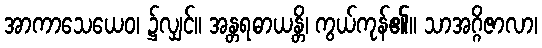
အာကာသေယေဝ၊ ၌လျှင်။ အန္တရဓာယန္တိ၊ ကွယ်ကုန်၏။ သာအဂ္ဂိဇာလာ၊